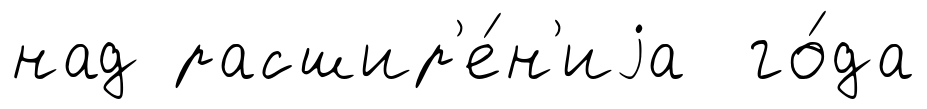
над расшир'е́н'иjа го́да